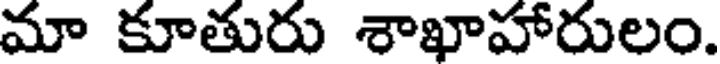
మా కూతురు శాఖాహారులం.